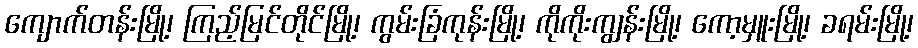
ကျောက်တန်းမြို့၊ ကြည့်မြင်တိုင်မြို့၊ ကွမ်းခြံကုန်းမြို့၊ ကိုကိုးကျွန်းမြို့၊ ကော့မှူးမြို့၊ ခရမ်းမြို့၊